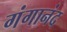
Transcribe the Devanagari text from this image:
गंगानंद